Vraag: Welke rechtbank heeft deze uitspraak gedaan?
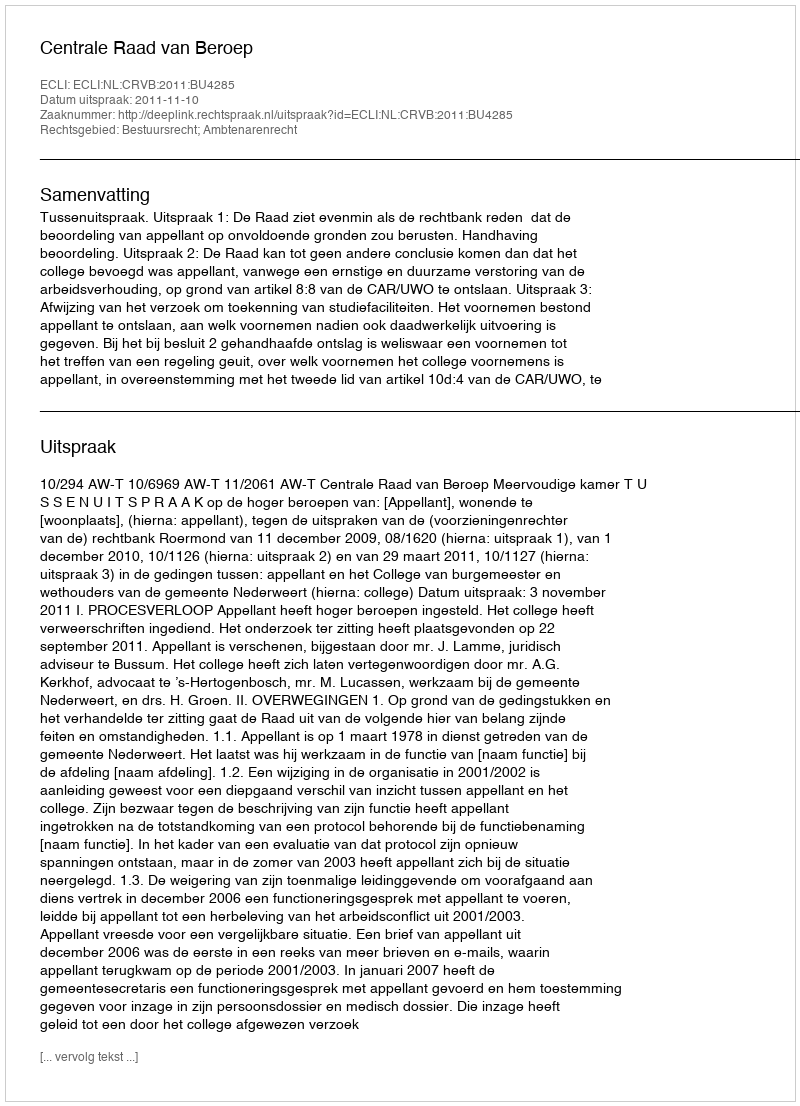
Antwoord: Centrale Raad van Beroep